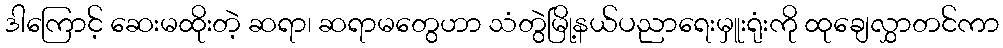
ဒါကြောင့် ဆေးမထိုးတဲ့ ဆရာ၊ ဆရာမတွေဟာ သံတွဲမြို့နယ်ပညာရေးမှူးရုံးကို ထုချေလွှာတင်ကာ